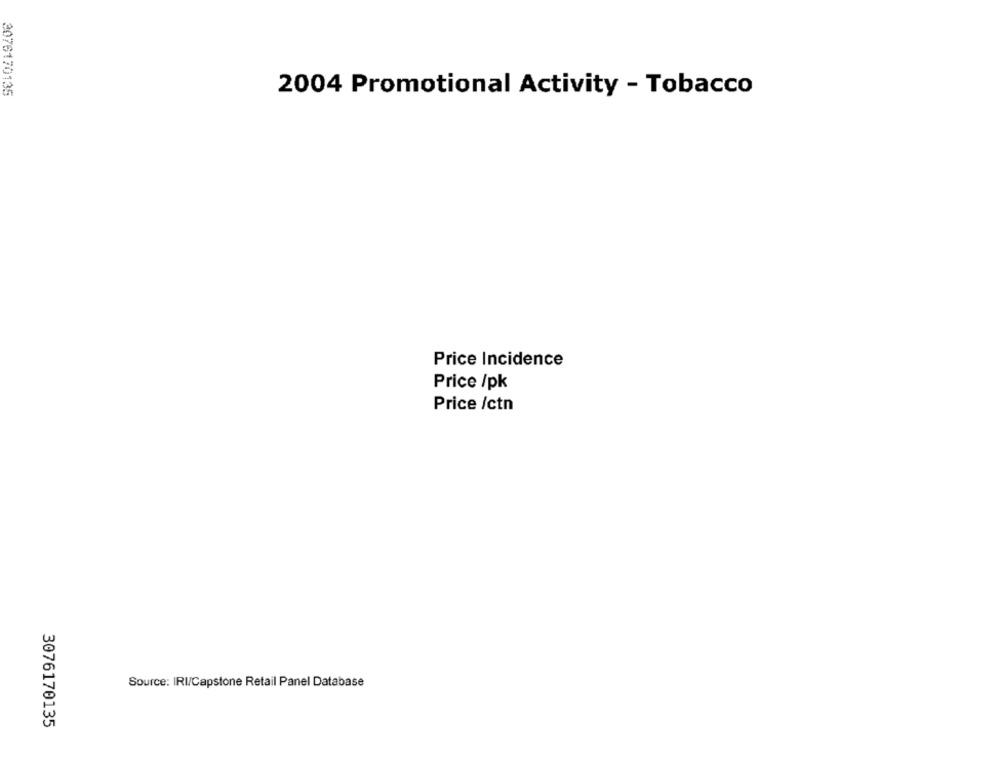
2076170135
2004 Promotional Activity - Tobacco
Price Incidence
Price /pk
Price /ctn
Source: IRI/Capstone Retail Panel Database
3076170135